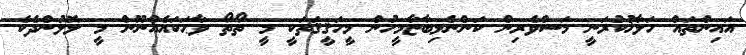
އައިންތައް ހަލާޚުކުރަނީ މަސްވެރިން ކަންނެލިބާޏާމީހުން މީހަޤީޤަތަކީ މީ ތޯތޯ ވާޙަކައެއްނޫން މީ ލޮލުންދެކެ